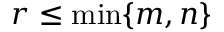
r \leq \operatorname* { m i n } \{ m , n \}